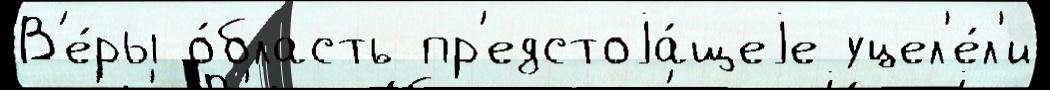
В'е́ры о́бласть пр'едстоjа́щеjе уцел'е́л'и